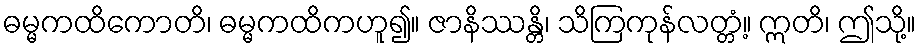
ဓမ္မကထိကောတိ၊ ဓမ္မကထိကဟူ၍။ ဇာနိဿန္တိ၊ သိကြကုန်လတ္တံ့။ ဣတိ၊ ဤသို့။